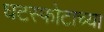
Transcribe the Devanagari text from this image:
घटस्फोटाच्या